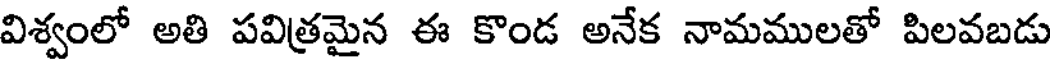
విశ్వంలో అతి పవిత్రమైన ఈ కొండ అనేక నామములతో పిలవబడు